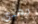
جهدي